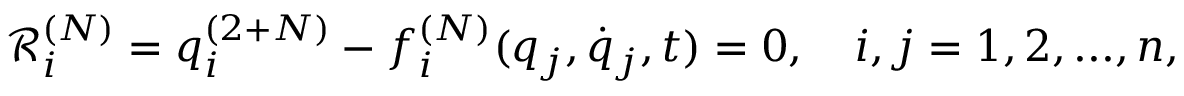
\mathcal { R } _ { i } ^ { ( N ) } = { q } _ { i } ^ { ( 2 + N ) } - f _ { i } ^ { ( N ) } ( q _ { j } , \dot { q } _ { j } , t ) = 0 , \quad i , j = 1 , 2 , . . . , n ,